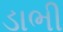
ડાભી